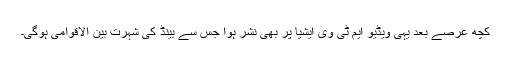
کچھ عرصے بعد یہی ویڈیو ایم ٹی وی ایشیا پر بھی نشر ہوا جس سے بینڈ کی شہرت بین الاقوامی ہوگی۔